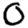
Digit: 0